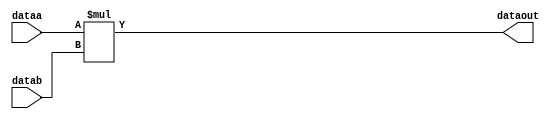
// Quartus II Verilog Template
// Signed multiply

module signed_multiply
#(parameter WIDTH=8)
(
	input signed [WIDTH-1:0] dataa,
	input signed [WIDTH-1:0] datab,
	output [2*WIDTH-1:0] dataout
);

	assign dataout = dataa * datab;

endmodule